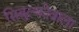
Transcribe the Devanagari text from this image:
सिबुल्कोवाला